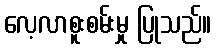
လေ့လာစူးစမ်းမှု ပြုသည်။